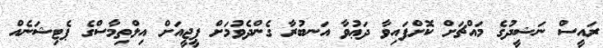
ރައީސް ނަޝީދުގެ މައްޗަށް ކޮށްފައިވާ ދަޢުވާ އަނބުރާ ގެންދެވުމަށް ޕީޖީއަށް އިލްތިމާސްގެ ޕެޓިޝަނެއް